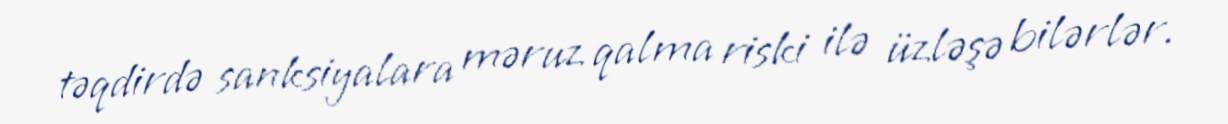
təqdirdə sanksiyalara məruz qalma riski ilə üzləşə bilərlər.